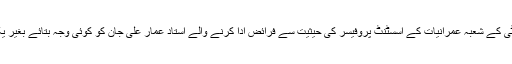
تیسرے واقعے میں پنجاب یونیورسٹی کے شعبہ عمرانیات کے اسسٹنٹ پروفیسر کی حیثیت سے فرائض ادا کرنے والے استاد عمار علی جان کو کوئی وجہ بتائے بغیر یکدم نوکری سے برخاست کردیا گیا۔